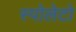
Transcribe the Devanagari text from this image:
स्पोलेटो